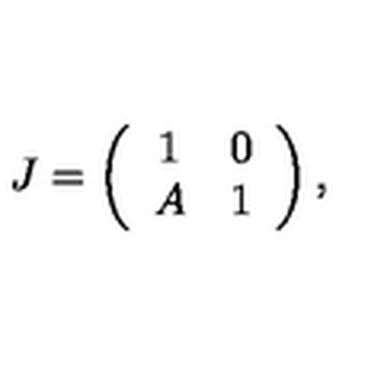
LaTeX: J = \left( \begin{array} { c c } { 1 } & { 0 } \\ { A } & { 1 } \\ \end{array} \right) ,